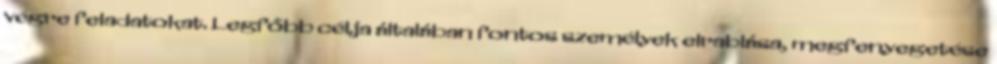
végre feladatokat. Legfőbb célja általában fontos személyek elrablása, megfenyegetése